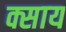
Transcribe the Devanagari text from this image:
क्साय